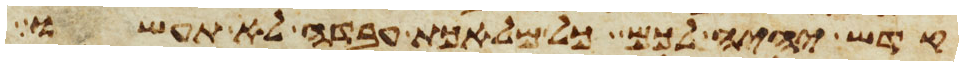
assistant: קדש יהיה לכם כל מלאכת עבדה לא תעשו